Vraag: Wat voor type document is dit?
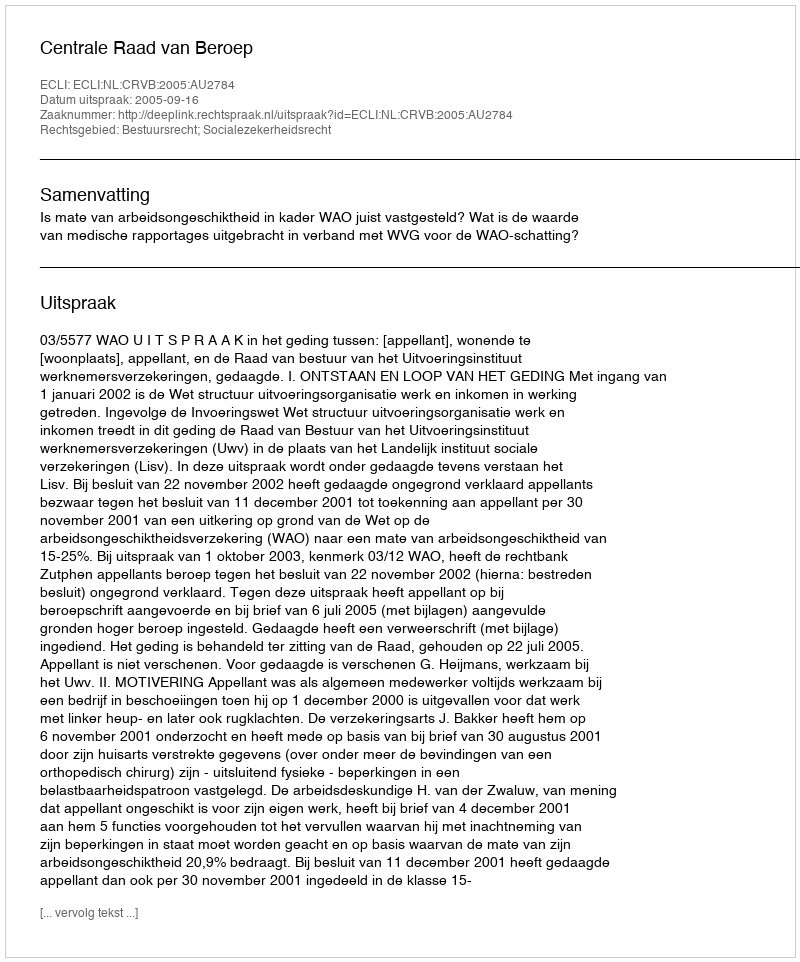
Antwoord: Uitspraak